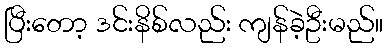
ပြီးတော့ ဒင်းနိစ်လည်း ကျန်ခဲ့ဦးမည်။